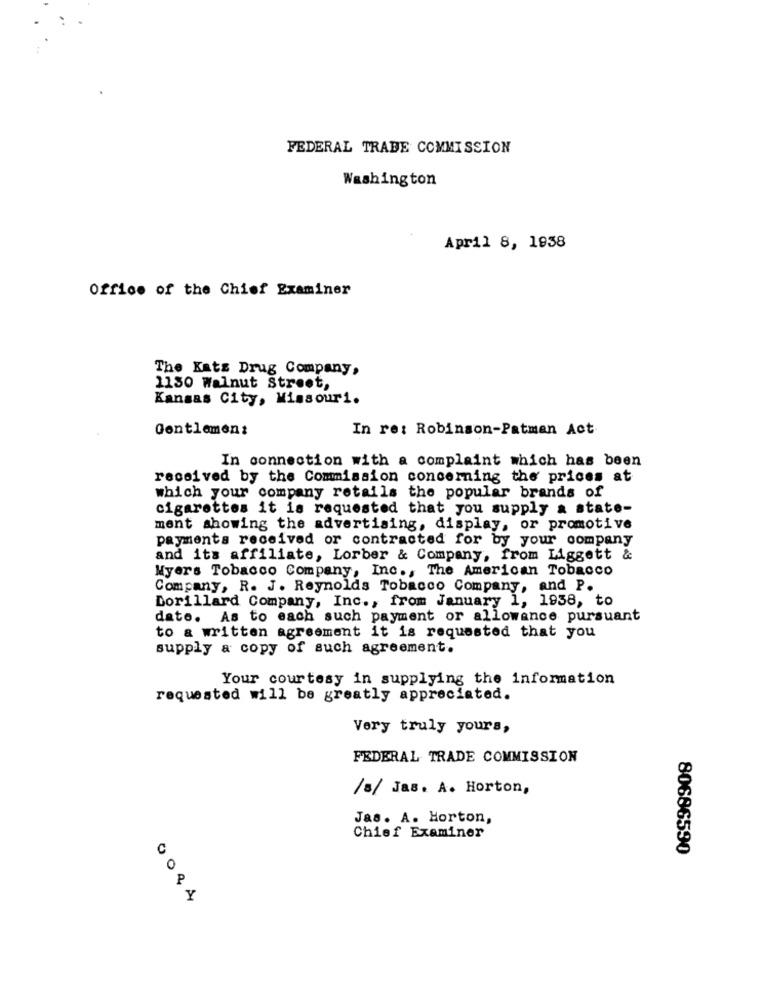
FEDERAL TRADE COMMISSION
Washington
April 8, 1958
Office of the Chief Examiner
The Kats Drug Company,
1150 Walnut Street,
Kansas City, Missouri.
Gentlemen:
In re: Robinson-Patman Act
In connection with a complaint which has been
received by the Commission concerning the prices at
which your company retails the popular brands of
cigarettes it is requested that you supply a state-
ment showing the advertising, display, or promotive
payments received or contracted for by your company
and its affiliate, Lorber & Company, from Liggett &
Myers Tobacco Company, Inc ., The American Tobacco
Company, R. J. Reynolds Tobacco Company, and P.
Dorillard Company, Inc ., from January 1, 1938, to
dato. As to each such payment or allowance pursuant
to a written agreement it is requested that you
supply a copy of such agreement.
Your courtesy in supplying the information
requested will be greatly appreciated.
Very truly yours,
FEDERAL TRADE COMMISSION
/s/ Jas. A. Horton,
Jas. A. Horton,
Chief Examiner
C
80686590
. A